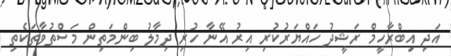
އަދި އިބްރާހީމް ރަޝީދު ހައްޔަރުކުރި އިރު އޭނާ ހުރި ދިމާލު ބިންމަތިން މަސްތުވާތަކެތި